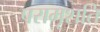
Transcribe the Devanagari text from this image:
परामृशति